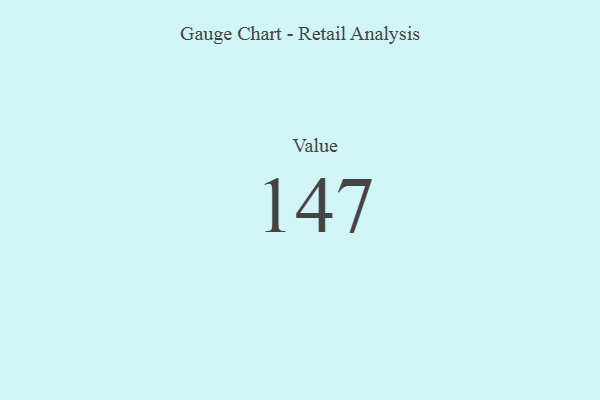
{"axis": {"x": "Metric", "y": "Value"}, "legend": [""], "data": [{"x": "Value", "y": 147, "type": ""}]}